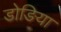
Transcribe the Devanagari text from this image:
डोङिया